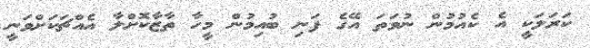
ކަރަލަކީ އެ ކެއުމުން ނުވަތަ އޭގެ ފަނި ބުއިމުން މީހާ ތާޒާކޮށްލާ އެއްޗަކަށްވަނީ